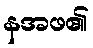
နအဖ၏